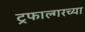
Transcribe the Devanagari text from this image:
ट्रफाल्गरच्या